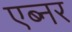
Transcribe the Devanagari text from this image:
एब्नर